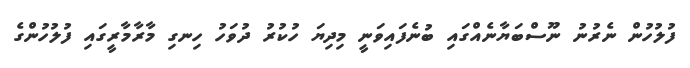
ފުލުހުން ނެރުނު ނޫސްބަޔާނެއްގައި ބުނެފައިވަނީ މިދިޔަ ހުކުރު ދުވަހު ހިނގި މާރާމާރީގައި ފުލުހުންގެ